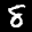
Label: 8